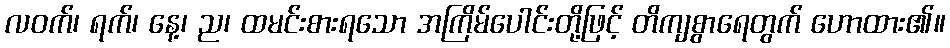
လဝက်၊ ရက်၊ နေ့၊ ည၊ ထမင်းစားရသော အကြိမ်ပေါင်းတို့ဖြင့် တိကျစွာရေတွက် ဟောထား၏။